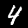
Digit: 4